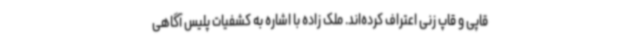
قاپی و قاپ زنی اعتراف کرده‌اند. ملک زاده با اشاره به کشفیات پلیس آگاهی